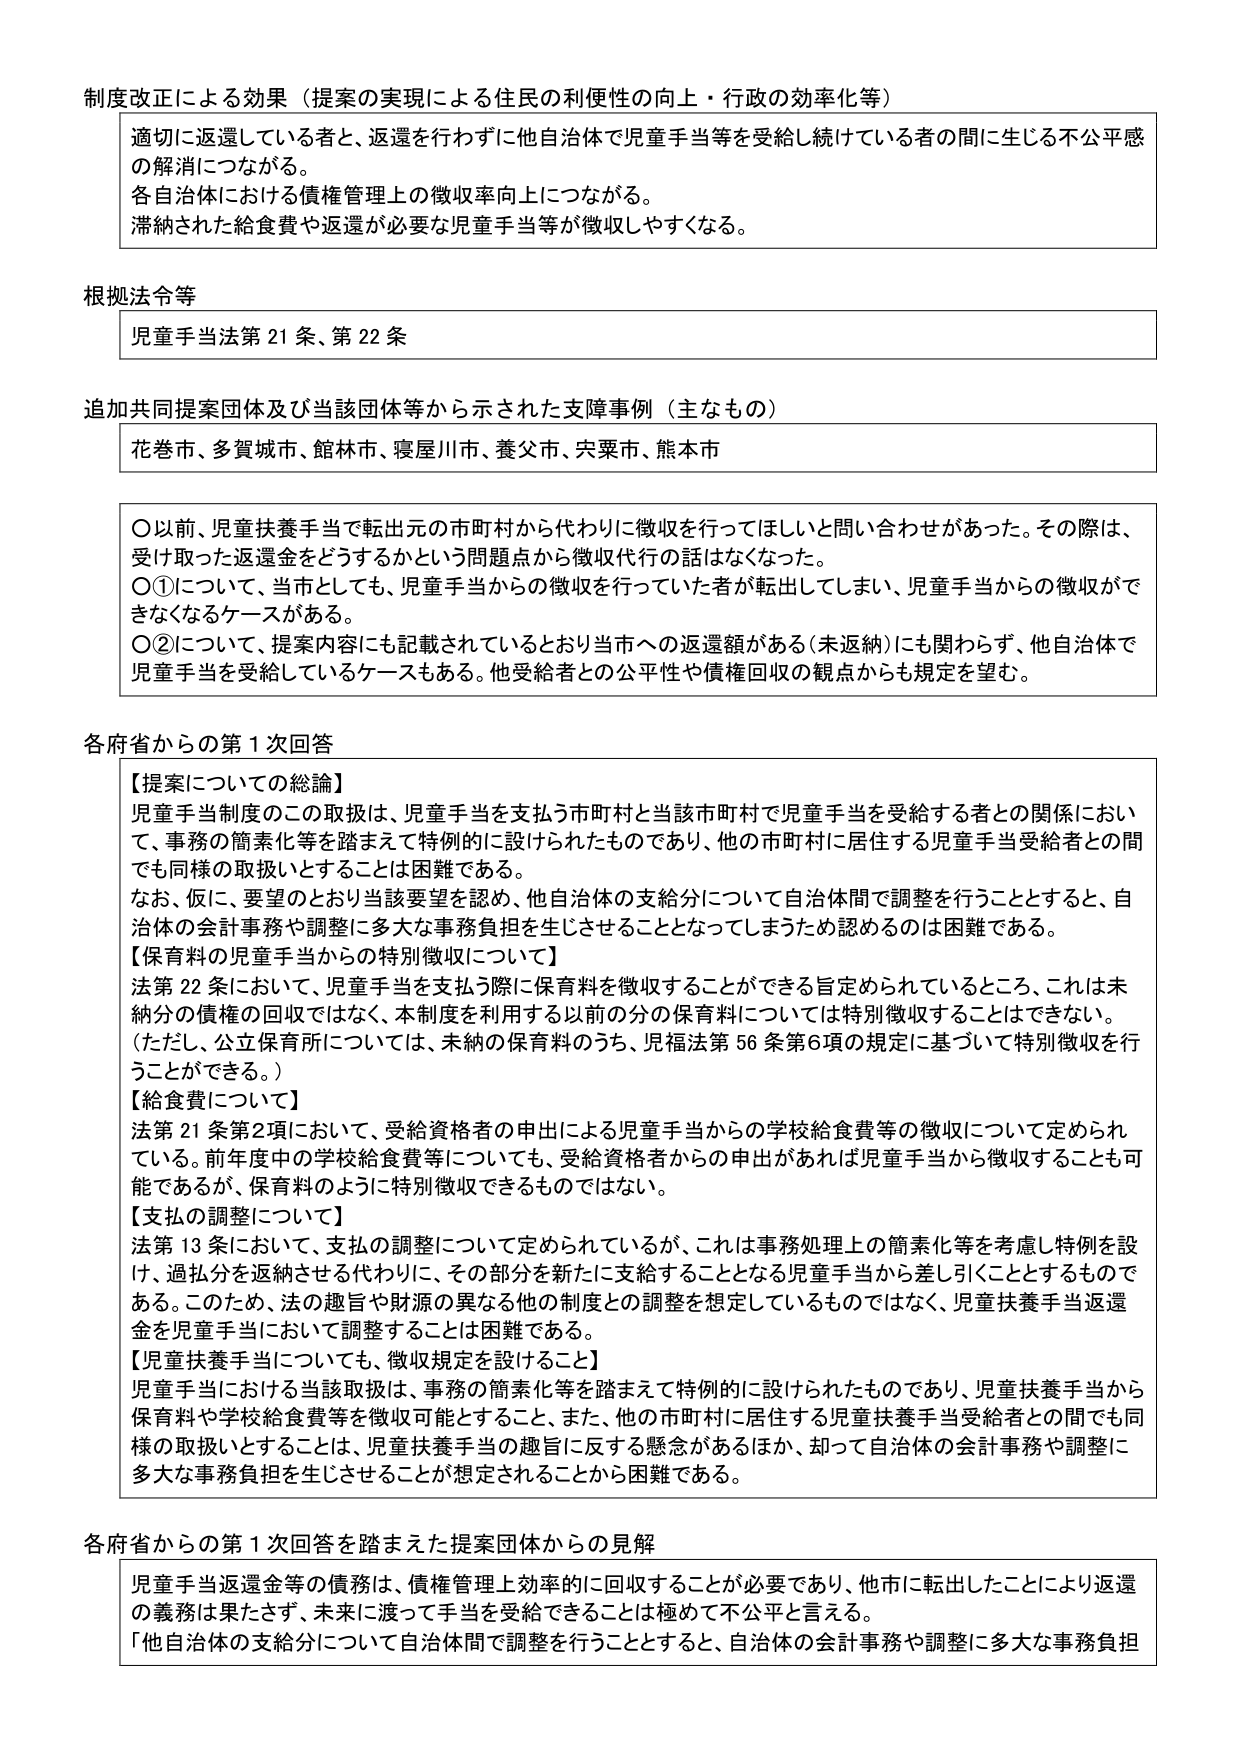
制度改正による効果（提案の実現による住民の利便性の向上・行政の効率化等）

適切に返還している者と、返還を行わずに他自治体で児童手当等を受給し続けている者の間に生じる不公平感の解消につながる。
各自治体における債権管理上の徴収率向上につながる。
滞納された給食費や返還が必要な児童手当等が徴収しやすくなる。

根拠法令等

児童手当法第21条、第22条

追加共同提案団体及び当該団体等から示された支障事例（主なもの）

花巻市、多賀城市、館林市、寝屋川市、養父市、宍粟市、熊本市

〇以前、児童扶養手当で転出元の市町村から代わりに徴収を行ってほしいと問い合わせがあった。その際は、受け取った返還金をどうするかという問題点から徴収代行の話はなくなった。
〇①について、当市としても、児童手当からの徴収を行っていた者が転出してしまう、児童手当からの徴収ができなくなるケースがある。
〇②について、提案内容にも記載されているとおり当市への返還額がある（未返納）にも関わらず、他自治体で児童手当を受給しているケースもある。他受給者との公平性や債権回収の観点からも規定を望む。

各府省からの第1次回答

【提案についての総論】
児童手当制度のこの取扱は、児童手当を支払う市町村と当該市町村で児童手当を受給する者との関係において、事務の簡素化等を踏まえて特例的に設けられたものであり、他の市町村に居住する児童手当受給者との間でも同様の取扱いとすることは困難である。
なお、仮に、要望のとおり当該要望を認め、他自治体の支給分について自治体間で調整を行うことすると、自治体の会計事務や調整に多大な事務負担を生じさせることとなってしまうため認めるのは困難である。

【保育料の児童手当からの特別徴収について】
法第22条において、児童手当を支払う際に保育料を徴収することができる旨定められているところ、これは未納分の債権の回収ではなく、本制度を利用する以前の分の保育料については特別徴収することはできない。
（ただし、公立保育所については、未納の保育料のうち、児福法第56条第6項の規定に基づいて特別徴収を行うことができる。）

【給食費について】
法第21条第2項において、受給資格者の申出による児童手当からの学校給食費等の徴収について定められている。前年度中の学校給食費等についても、受給資格者からの申出があれば児童手当から徴収することも可能であるが、保育料のように特別徴収できるものではない。

【支払の調整について】
法第13条において、支払の調整について定められているが、これは事務処理上の簡素化等を考慮し特例を設け、過払分を返納させる代わりに、その部分を新たに支給することとなる児童手当から差し引くこととするものである。このため、法の趣旨や財源の異なる他の制度との調整を想定しているものではなく、児童扶養手当返還金を児童手当において調整することは困難である。

【児童扶養手当についても、徴収規定を設けること】
児童手当における当該取扱は、事務の簡素化等を踏まえて特例的に設けられたものであり、児童扶養手当から保育料や学校給食費等を徴収可能とすること、また、他の市町村に居住する児童扶養手当受給者との間でも同様の取扱いとすることは、児童扶養手当の趣旨に反する懸念があるほか、却って自治体の会計事務や調整に多大な事務負担を生じさせることが想定されることから困難である。

各府省からの第1次回答を踏まえた提案団体からの見解

児童手当返還金等の債務は、債権管理上効率的に回収することが必要であり、他市に転出したことにより返還の義務は果たさず、未来に渡って手当を受給できることは極めて不公平と言える。
「他自治体の支給分について自治体間で調整を行うことすると、自治体の会計事務や調整に多大な事務負担